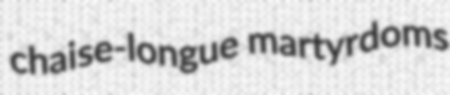
chaise-longue martyrdoms